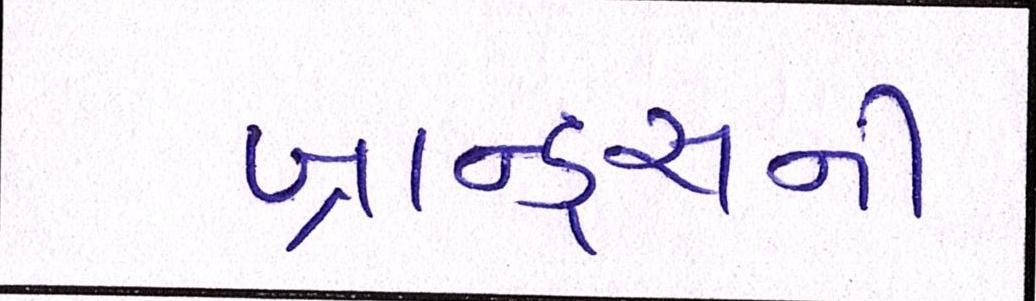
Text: બ્રાન્ડ્સની